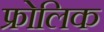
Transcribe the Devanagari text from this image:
फ्रोलिक